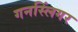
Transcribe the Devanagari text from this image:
गनस्लिंगर